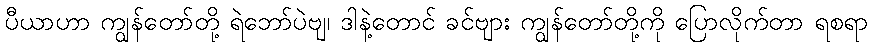
ပီယာဟာ ကျွန်တော်တို့ ရဲဘော်ပဲဗျ၊ ဒါနဲ့တောင် ခင်ဗျား ကျွန်တော်တို့ကို ပြောလိုက်တာ ရစရာ